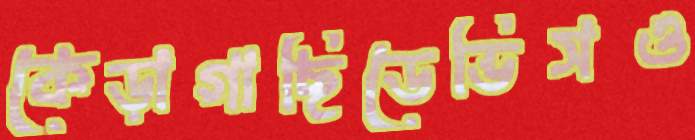
কেড়াগাছিডেভিসও